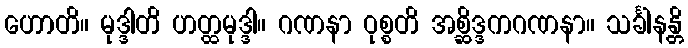
ဟောတိ။ မုဒ္ဒါတိ ဟတ္ထမုဒ္ဒါ။ ဂဏနာ ဝုစ္စတိ အစ္ဆိဒ္ဒကဂဏနာ။ သင်္ခါနန္တိ